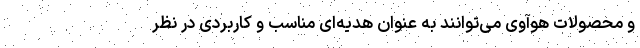
و محصولات هوآوی می‌توانند به عنوان هدیه‌ای مناسب و کاربردی در نظر